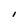
Character: I